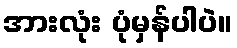
အားလုံး ပုံမှန်ပါပဲ။